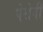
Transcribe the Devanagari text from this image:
पेरोनी